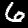
Label: 6